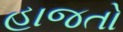
હાજતો